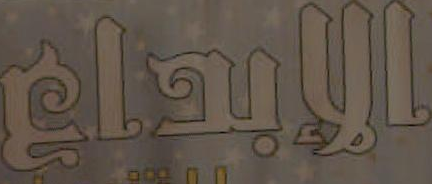
الإبداع